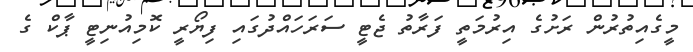
މީގެއިތުރުން ރަށުގެ އިރުމަތީ ފަރާތު ޖެޓީ ސަރަހައްދުގައި ފިޔޯރީ ކޮމިއުނިޓީ ޕާކް ގެ